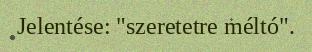
Jelentése: "szeretetre méltó".